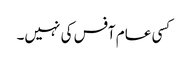
کسی عام آفس کی نہیں۔